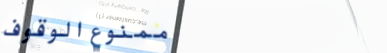
ممنوع الوقوف